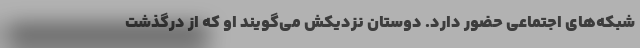
شبکه‌های اجتماعی حضور دارد. دوستان نزدیکش می‌گویند او که از درگذشت